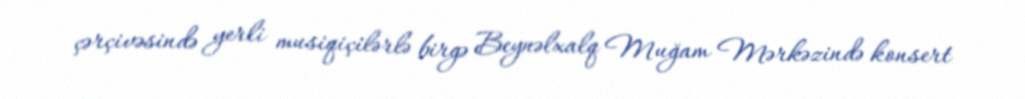
çərçivəsində yerli musiqiçilərlə birgə Beynəlxalq Muğam Mərkəzində konsert